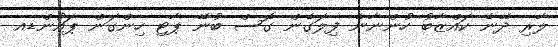
ލާރި ދޭނެ ކައްޒާބު ހުންނާނެ ފިލަގެން ގޮސް ބުނޭ ޕާޓި ހިންގަން ޕައުންޑއ